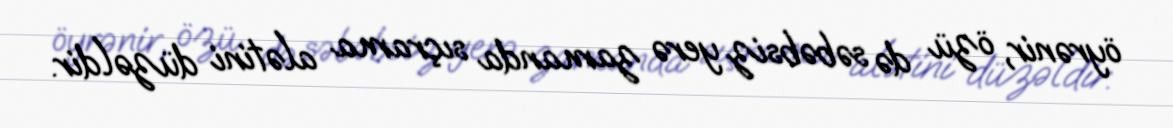
öyrənir, özü də səbəbsiz yerə zamanda sıçrama alətini düzəldir.